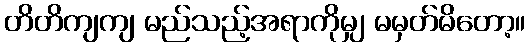
တိတိကျကျ မည်သည့်အရာကိုမျှ မမှတ်မိတော့။